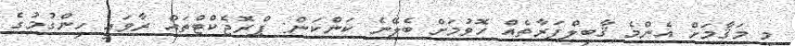
މި މަޤާމަށް އެންމެ ޤާބިލްފަރާތެއް ހޮވުމަށް ބެލޭނެ ކަންކަން: ޕްރޮޖެކްޓްތައް ރާވައި ހިންގުމުގެ